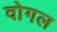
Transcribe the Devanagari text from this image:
वोगल